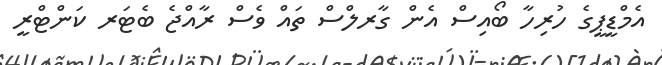
އެމްޑީޕީގެ ހުރިހާ ބޯއިސް އެން ގާރލްސް ތައް ވެސް ރާއްޖެ ބެޓަރ ކަންޓްރީ